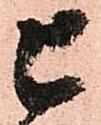
上